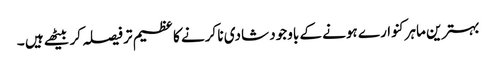
بہترین ماہرکنوارے ہونے کے باوجود شادی نا کرنے کا عظیم تر فیصلہ کر بیٹھے ہیں ۔